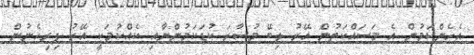
އެހެންކަމުން އެ މަސައްކަތުން އޭރު ލިބޭ މުސާރަ ކުޑަކަމުންނާއި ކެއްކުމަކީ އޭރު ފިރިހެނުން